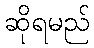
ဆိုရမည်